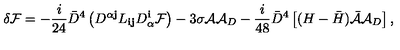
\delta { \cal F } = - \frac { i } { 2 4 } { \bar { D } } ^ { 4 } \left( D ^ { \alpha { \mathbf j } } L _ { { \mathbf i } { \mathbf j } } D _ { \alpha } ^ { \mathbf i } { \cal F } \right) - 3 \sigma { \cal A } { \cal A } _ { D } - \frac { i } { 4 8 } { \bar { D } } ^ { 4 } \left[ ( H - { \bar { H } } ) { \bar { \cal A } } { \cal A } _ { D } \right] ,